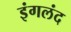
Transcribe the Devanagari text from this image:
इंगलंद